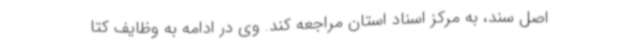
اصل سند، به مرکز اسناد استان مراجعه کند. وی در ادامه به وظایف کتا